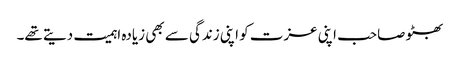
بھٹو صاحب اپنی عزت کو اپنی زندگی سے بھی زیادہ اہمیت دیتے تھے۔